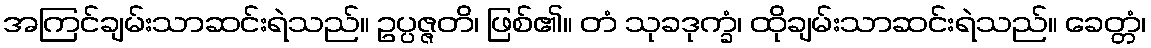
အကြင်ချမ်းသာဆင်းရဲသည်။ ဥပ္ပဇ္ဇတိ၊ ဖြစ်၏။ တံ သုခဒုက္ခံ၊ ထိုချမ်းသာဆင်းရဲသည်။ ခေတ္တံ၊